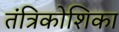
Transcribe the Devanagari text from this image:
तंत्रिकोशिका